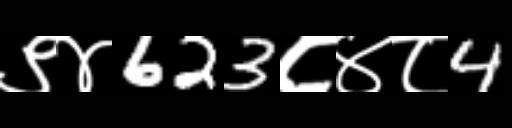
Text: ९४623८४८4